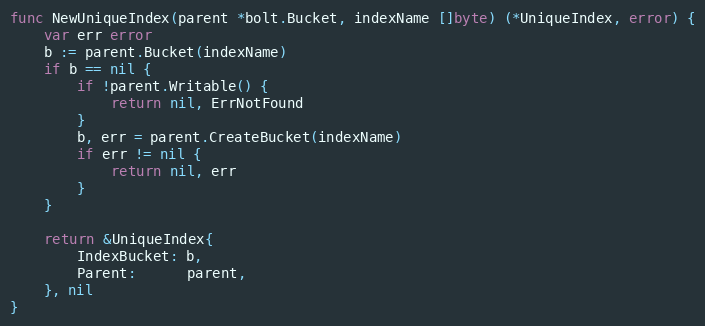
Language: Go
func NewUniqueIndex(parent *bolt.Bucket, indexName []byte) (*UniqueIndex, error) {
	var err error
	b := parent.Bucket(indexName)
	if b == nil {
		if !parent.Writable() {
			return nil, ErrNotFound
		}
		b, err = parent.CreateBucket(indexName)
		if err != nil {
			return nil, err
		}
	}

	return &UniqueIndex{
		IndexBucket: b,
		Parent:      parent,
	}, nil
}